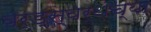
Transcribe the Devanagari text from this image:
वर्ड्‌स्वर्थच्या